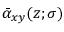
\bar { \alpha } _ { x y } ( z ; \sigma )